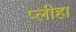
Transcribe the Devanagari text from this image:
प्‍लीहा